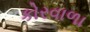
કોરવાળા